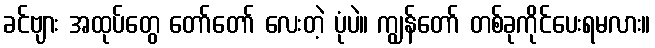
ခင်ဗျား အထုပ်တွေ တော်တော် လေးတဲ့ ပုံပဲ။ ကျွန်တော် တစ်ခုကိုင်ပေးရမလား။